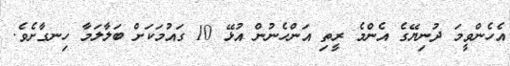
އެހެންވީމަ ދުނިޔޭގެ އެންމެ ރީތި އަންހެނުން އުޅޭ 10 ގައުމަކަށް ބަލާލަމާ ހިނގާށެވެ.